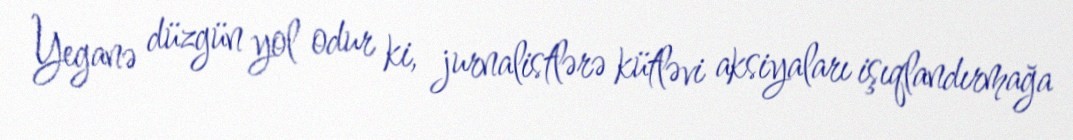
Yeganə düzgün yol odur ki, jurnalistlərə kütləvi aksiyaları işıqlandırmağa